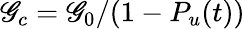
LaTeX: \mathscr{G}_{c}=\mathscr{G}_{0}/(1-P_{u}(t))